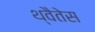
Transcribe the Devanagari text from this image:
थ्वैतेस